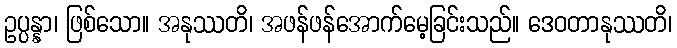
ဥပ္ပန္နာ၊ ဖြစ်သော။ အနုဿတိ၊ အဖန်ဖန်အောက်မေ့ခြင်းသည်။ ဒေဝတာနုဿတိ၊